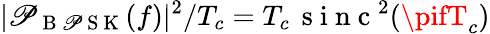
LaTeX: |\mathscr{P}_{\mathrm{{~B~\mathscr{P}~S~K~}}}(f)|^{2}/T_{c}=T_{c}\, \mathrm{{~s~i~n~c~}}^{2}(\pifT_{c})